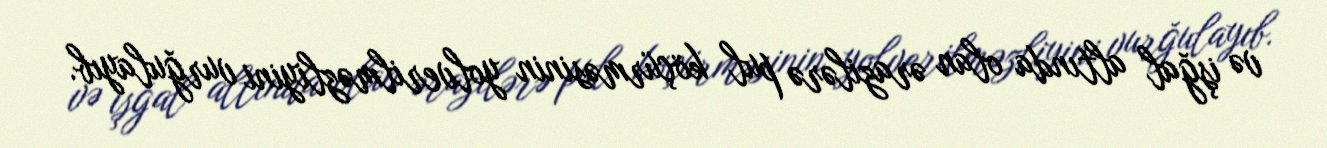
və işğal altında olan ərazilərə pul köçürməsinin yolverilməzliyini vurğulayıb.